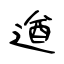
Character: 遒